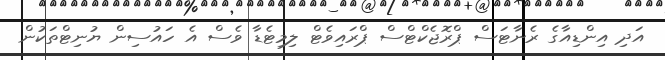
އަދި އިންޑިއާގެ ރެނާޓަސް ޕްރޮޖެކްޓްސް ޕްރައިވެޓް ލިމިޓެޑާ ވެސް އެ ހައުސިން ޔުނިޓްތަކުން